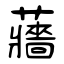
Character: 蘠